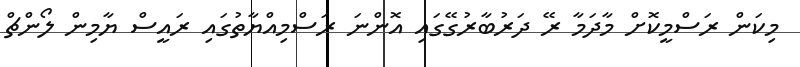
މިކަން ރަސްމީކޮށް މާދަމާ ރޭ ދަރުބާރުގޭގައި އޮންނަ ރަސްމިއްޔާތުގައި ރައީސް ޔާމިން ލޯންޗް